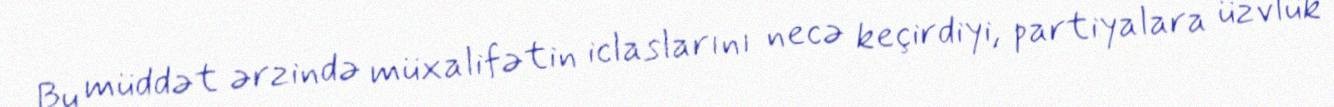
Bu müddət ərzində müxalifətin iclaslarını necə keçirdiyi, partiyalara üzvlük